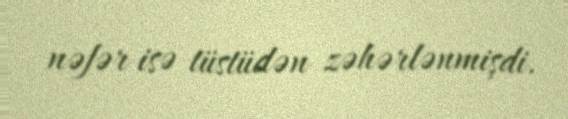
nəfər isə tüstüdən zəhərlənmişdi.